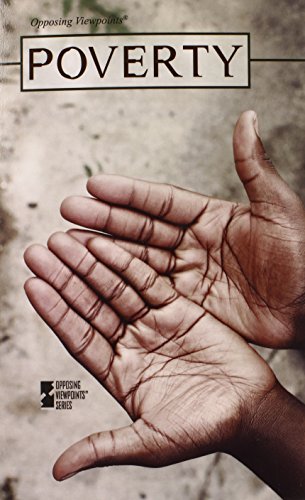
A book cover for Poverty (Opposing Viewpoints); Roman Espejo; Teen & Young Adult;